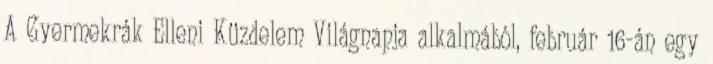
A Gyermekrák Elleni Küzdelem Világnapja alkalmából, február 16-án egy